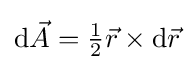
\mathrm {d} {\vec {A}}={\tfrac {1}{2}}{\vec {r}}\times \mathrm {d} {\vec {r}}